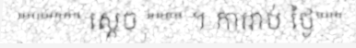
""""""" ស្តេច """" ។ ការរាប់ ថ្ងៃ"""